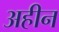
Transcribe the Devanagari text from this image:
अहीन